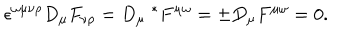
\epsilon ^ { \omega \mu \nu \rho } D _ { \mu } F _ { \nu \rho } = D _ { \mu } \; ^ { * } F ^ { \mu \omega } = \pm D _ { \mu } F ^ { \mu \omega } = 0 .